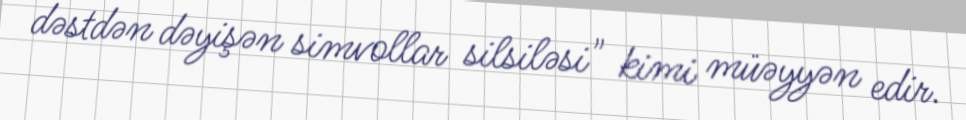
dəstdən dəyişən simvollar silsiləsi" kimi müəyyən edir.